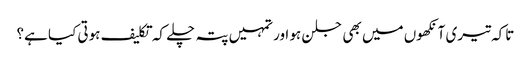
تاکہ تیری آنکھوں میں بھی جلن ہو اور تمہیں پتہ چلے کہ تکلیف ہوتی کیا ہے؟